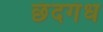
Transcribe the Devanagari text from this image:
छंदगंध